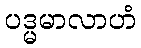
ပဒ္မမာလာဟံ